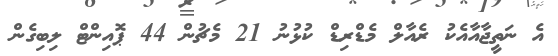
އެ ނަތީޖާއާއެކު ރެއާލް މެޑްރިޑް ކުޅުނު 21 މެޗުން 44 ޕޮއިންޓް ލިބިގެން